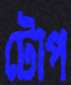
টোপ